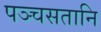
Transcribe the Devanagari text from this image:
पञ्चसतानि